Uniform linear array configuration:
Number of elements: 8
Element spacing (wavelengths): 1
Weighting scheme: hamming
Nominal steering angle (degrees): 15
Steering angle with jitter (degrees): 15.13
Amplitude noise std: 0.05
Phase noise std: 0.05

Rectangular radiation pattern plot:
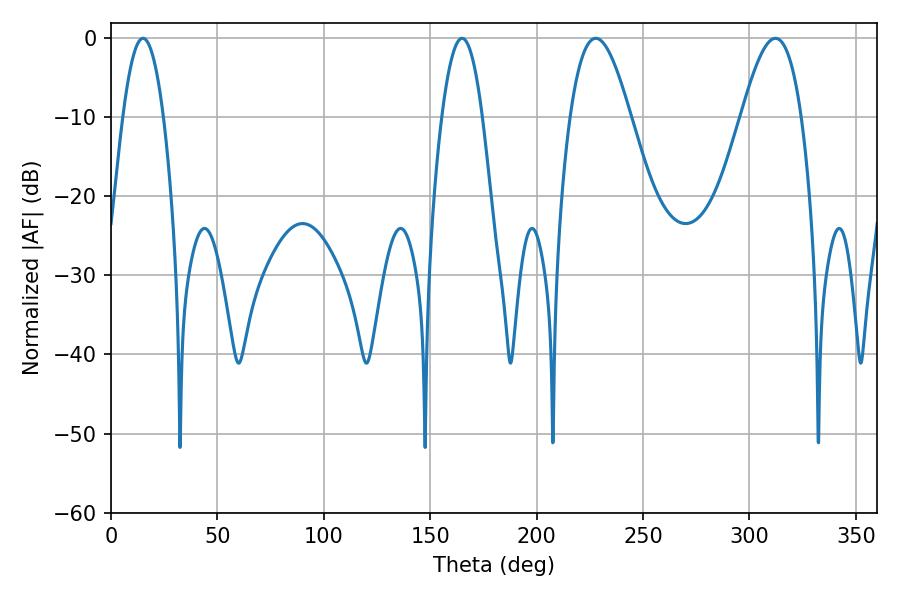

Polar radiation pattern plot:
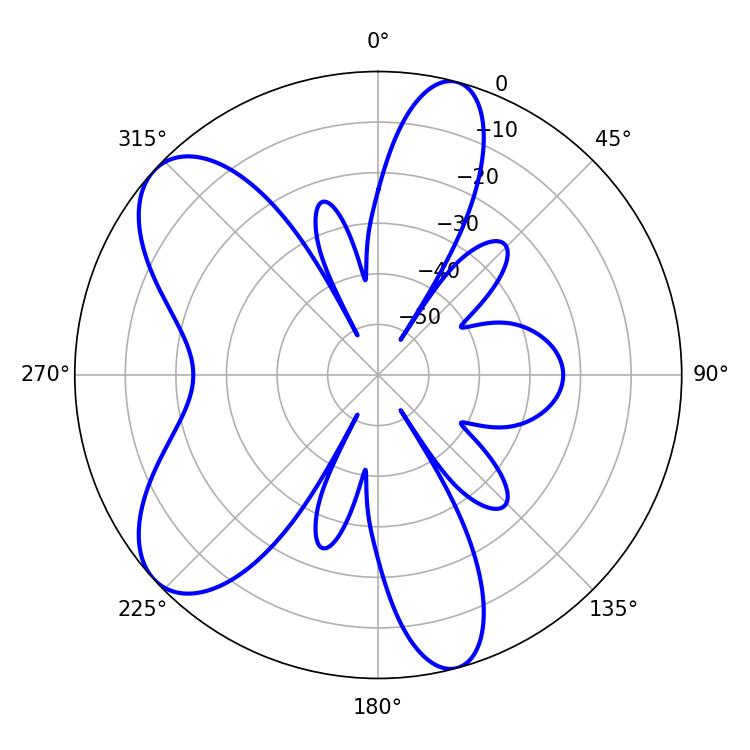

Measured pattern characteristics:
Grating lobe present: TRUE
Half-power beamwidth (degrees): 15.3
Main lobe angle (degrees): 227.7